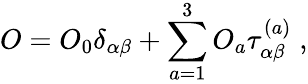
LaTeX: O=O_{0}\delta_{\alpha\beta}+\sum_{a=1}^{3}O_{a}\tau_{\alpha\beta}^{(a)}\; ,